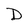
Character: D